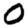
Digit: 0